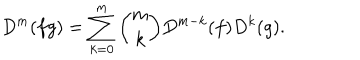
D ^ { m } ( f g ) = \sum _ { k = 0 } ^ { m } { \binom { m } { k } } D ^ { m - k } ( f ) D ^ { k } ( g ) .